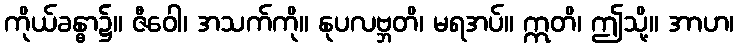
ကိုယ်ခန္ဓာ၌။ ဇီဝေါ၊ အသက်ကို။ နုပလဗ္ဘတိ၊ မရအပ်။ ဣတိ၊ ဤသို့။ အာဟ၊